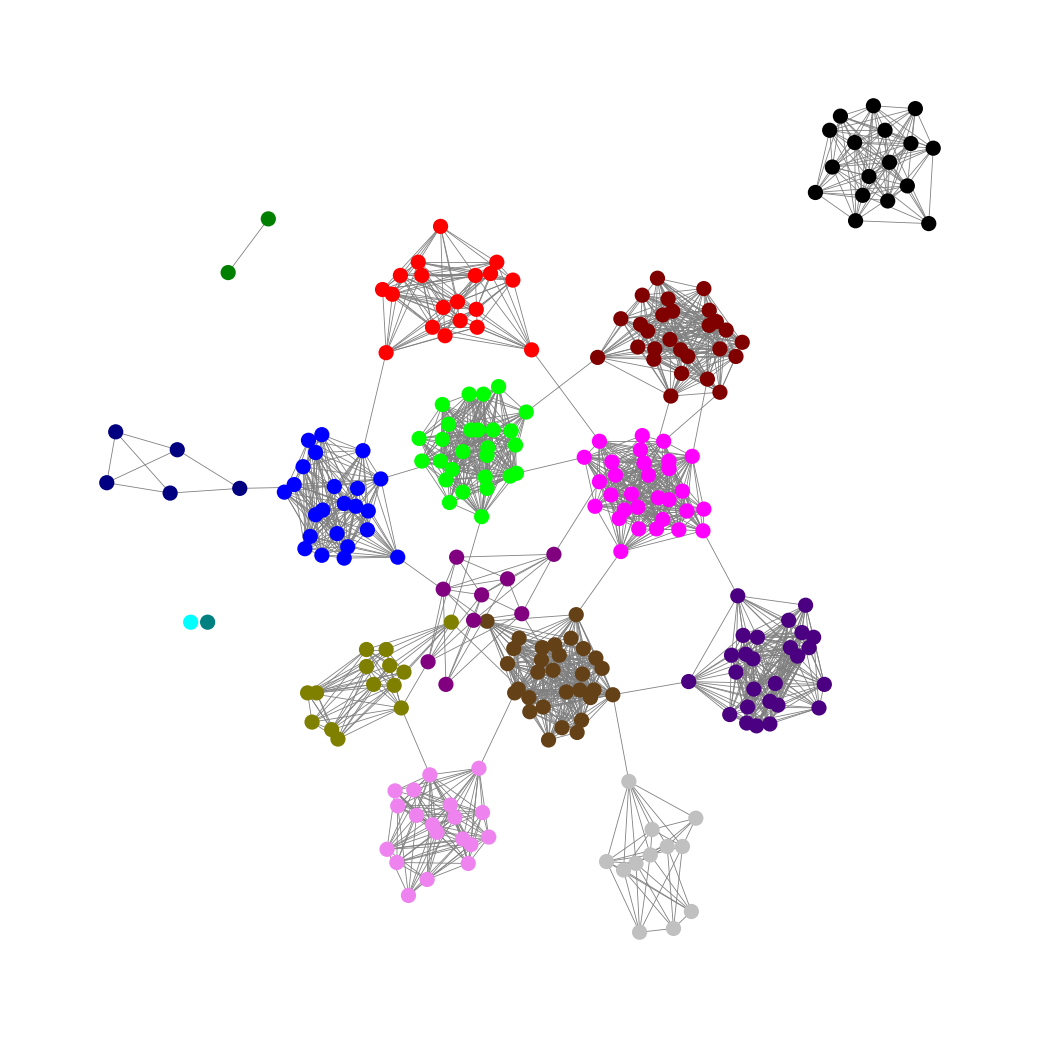
Graph connected: No
Number of connected components: 5
Number of singletons: 2
Total number of nodes: 262
Total number of edges: 1998
Number of communities: 16
Community sizes:
Aqua: 1
Black: 17
Blue: 23
Fuchsia: 30
Green: 2
Indigo: 26
Lime: 27
Maroon: 27
Navy: 5
Olive: 14
Pullman Brown: 30
Purple: 9
Red: 19
Silver: 12
Teal: 1
Violet: 19
Graph layout: tda
Graph generation method: erdos_renyi